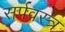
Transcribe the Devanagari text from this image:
सर्पवस्त्र